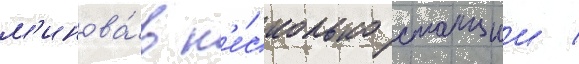
м'инова́в н'е́сколько станции /